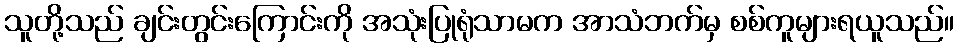
သူတို့သည် ချင်းတွင်းကြောင်းကို အသုံးပြုရုံသာမက အာသံဘက်မှ စစ်ကူများရယူသည်။